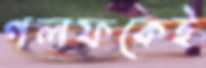
গলফকেই